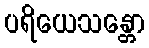
ပရိယေသန္တော